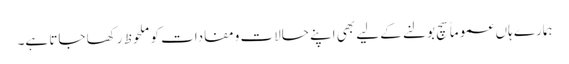
ہمارے ہاں عموماً سچ بولنے کے لیے بھی اپنے حالات ومفادات کو ملحوظ رکھا جاتا ہے۔